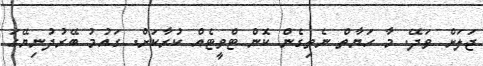
ޖަަލަށް ވަދޭ. މާ ހަޔާތް ނެތިގެން ކޮން ޓްވީޓެއް ކުރާކަށް. ގައުމު ބޭރުދުނިޔޭގަ